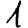
Digit: 1